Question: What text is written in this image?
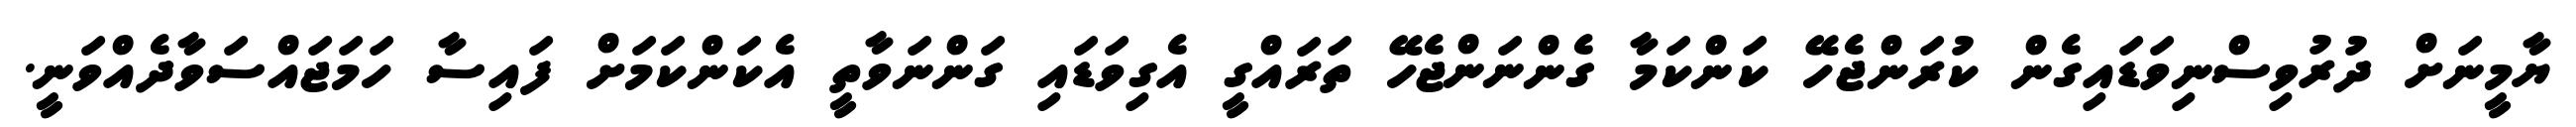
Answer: ޔާމީނަށް ދުރުވިސްނިވަޑައިގެން ކުރަންޖެހޭ ކަންކަމާ ގެންނަންޖެހޭ ތަރައްގީ އެގިވަޑައި ގަންނަވާތީ އެކަންކަމަށް ފައިސާ ހަމަޖައްސަވާދެއްވަނީ.